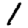
Digit: 1